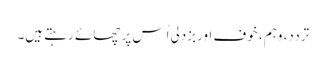
تردد، وہم ، خوف اوربزدلی اُس پر چھائے رہتے ہیں۔